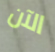
الآن